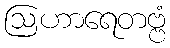
ဩဟာရေတဗ္ဗံ